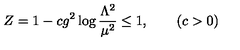
Z = 1 - c g ^ { 2 } \log { \frac { \Lambda ^ { 2 } } { \mu ^ { 2 } } } \leq 1 , \qquad ( c > 0 )